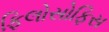
ફિલોસોફિસ